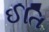
ઈતિ